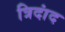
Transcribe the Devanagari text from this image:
त्रिदांद